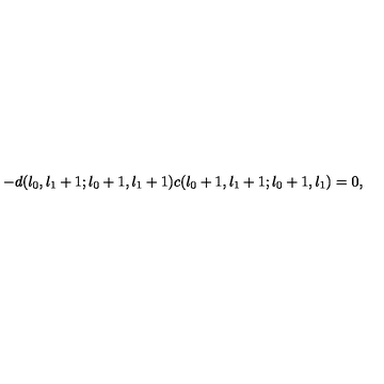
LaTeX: - d ( l _ { 0 } , l _ { 1 } + 1 ; l _ { 0 } + 1 , l _ { 1 } + 1 ) c ( l _ { 0 } + 1 , l _ { 1 } + 1 ; l _ { 0 } + 1 , l _ { 1 } ) = 0 ,